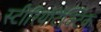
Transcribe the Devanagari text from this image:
स्टीरियोटैक्टिक